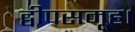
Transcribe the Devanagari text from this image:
द्वीपसमूह।